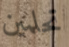
تحلمين